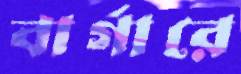
বার্গারে